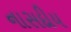
નાસદીય